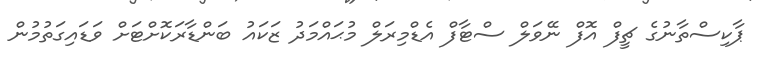
ޕާކިސްތާނުގެ ޗީފް އޮފް ނޭވަލް ސްޓާފް އެޑްމިރަލް މުޙައްމަދު ޒަކައު ބަންޑާރަކޮށްޓަށް ވަޑައިގަތުމުން